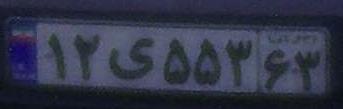
۱۲ی۵۵۳۶۳